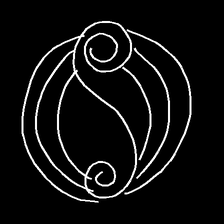
Glyph: wind-underfoot